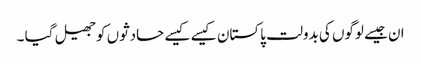
ان جیسے لوگوں کی بدولت پاکستان کیسے کیسے حادثوں کو جھیل گیا ۔